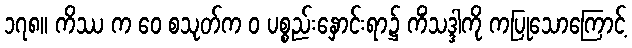
၁၇၈။ ကိဿ က ဝေ စသုတ်က ဝ ပစ္စည်းနှောင်းရာ၌ ကိံသဒ္ဒါကို ကပြုသောကြောင့်